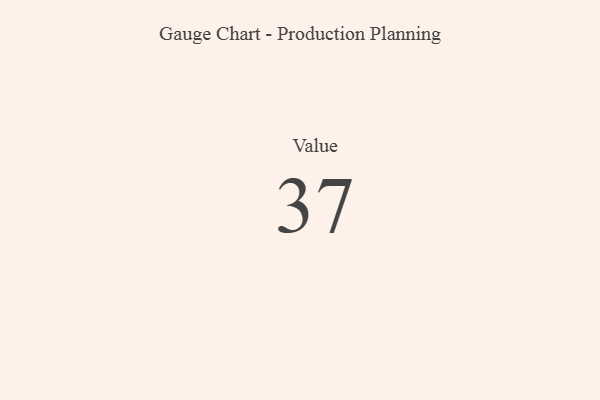
{"axis": {"x": "Metric", "y": "Value"}, "legend": [""], "data": [{"x": "Value", "y": 37, "type": ""}]}